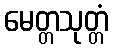
မေတ္တသုတ္တံ